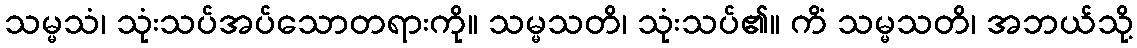
သမ္မသံ၊ သုံးသပ်အပ်သောတရားကို။ သမ္မသတိ၊ သုံးသပ်၏။ ကိံ သမ္မသတိ၊ အဘယ်သို့